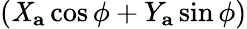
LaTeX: (\mathit{X}_{\mathbf{{a}}}\cos\phi+Y_{\mathbf{{a}}}\sin\phi)